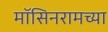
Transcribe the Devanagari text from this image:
मॉसिनरामच्या